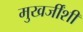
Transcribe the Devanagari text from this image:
मुखर्जींशी